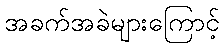
အခက်အခဲများကြောင့်